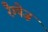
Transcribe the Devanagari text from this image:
रैम्पेज़